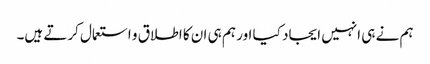
ہم نے ہی انہیں ایجاد کیا اور ہم ہی ان کا اطلاق و استعمال کرتے ہیں۔